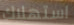
استهلاك